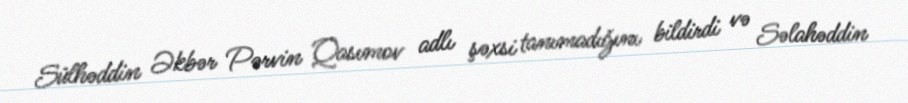
Sülhəddin Əkbər Pərvin Qasımov adlı şəxsi tanımadığını bildirdi və Səlahəddin